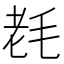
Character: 𣭢